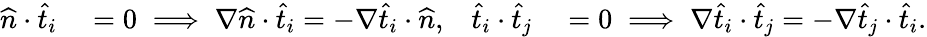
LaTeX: \begin{array}{rlrl}{\widehat{n}\cdot\widehat{t}_{i}}&{{}=0\implies\nabla\widehat{n}\cdot\widehat{t}_{i}=-\nabla\widehat{t}_{i}\cdot\widehat{n},}&{\widehat{t}_{i}\cdot\widehat{t}_{j}}&{{}=0\implies\nabla\widehat{t}_{i}\cdot\widehat{t}_{j}=-\nabla\widehat{t}_{j}\cdot\widehat{t}_{i}.}\end{array}